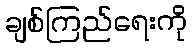
ချစ်ကြည်ရေးကို